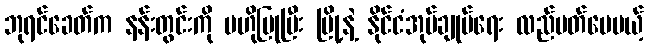
ဘုရင်ခေတ်က နန်းတွင်းကို ဗဟိုပြုပြီး မြို့နဲ့ နိုင်ငံအုပ်ချုပ်ရေး လည်ပတ်ပေမယ့်